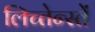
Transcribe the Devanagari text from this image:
लिच्तेन्स्तें